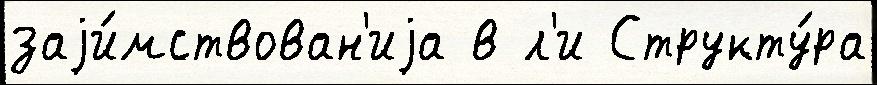
заjи́мствован'иjа в л'и Структу́ра